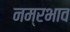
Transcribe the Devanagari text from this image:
नम्रभाव